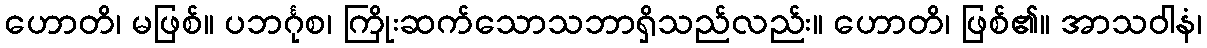
ဟောတိ၊ မဖြစ်။ ပဘင်္ဂုစ၊ ကြိုးဆက်သောသဘာရှိသည်လည်း။ ဟောတိ၊ ဖြစ်၏။ အာသဝါနံ၊